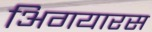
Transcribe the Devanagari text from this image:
अिगयारस